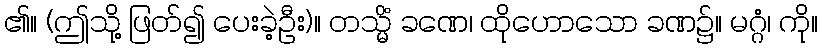
၏။ (ဤသို့ ဖြတ်၍ ပေးခဲ့ဦး)။ တသ္မိံ ခဏေ၊ ထိုဟောသော ခဏ၌။ မဂ္ဂံ၊ ကို။